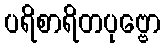
ပရိစာရိတပုဗ္ဗော